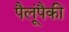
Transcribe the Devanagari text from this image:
पैलूंपैकी